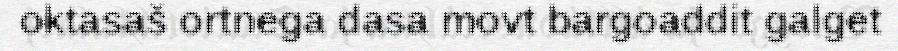
oktasaš ortnega dasa movt bargoaddit galget